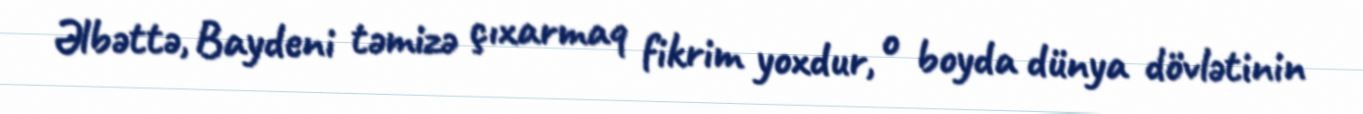
Əlbəttə, Baydeni təmizə çıxarmaq fikrim yoxdur, o boyda dünya dövlətinin